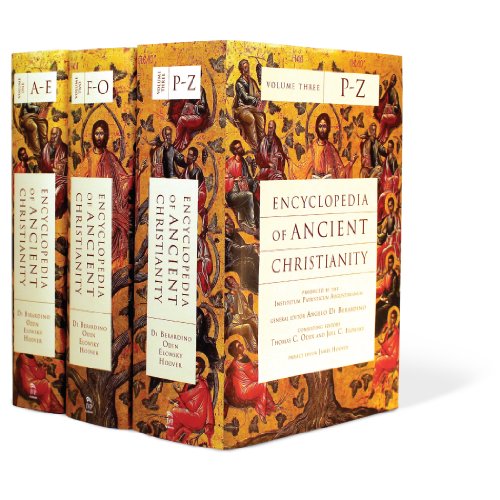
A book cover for Encyclopedia of Ancient Christianity; Reference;